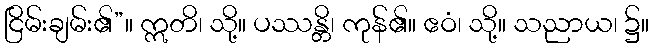
ငြိမ်းချမ်း၏”။ ဣတိ၊ သို့။ ပဿန္တိ၊ ကုန်၏။ ဧဝံ၊ သို့။ သညာယ၊ ၌။